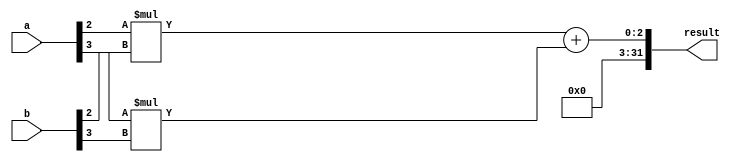
module Radix4Multiplier(
input wire signed [15:0] a,
input wire signed [15:0] b,
output wire signed [31:0] result
);

reg signed [31:0] partial_product_0, partial_product_1, partial_product_2, partial_product_3;
reg signed [31:0] partial_product_01, partial_product_23;
reg signed [31:0] final_product;

assign result = final_product;

// Generate partial products
assign partial_product_0 = a[0] * b[0];
assign partial_product_1 = a[1] * b[1];
assign partial_product_2 = a[2] * b[2];
assign partial_product_3 = a[3] * b[3];

// Add partial products
assign partial_product_01 = partial_product_0 + partial_product_1;
assign partial_product_23 = partial_product_2 + partial_product_3;

// Final product computation
always @* begin
    final_product = {partial_product_01, partial_product_23};
end

endmodule